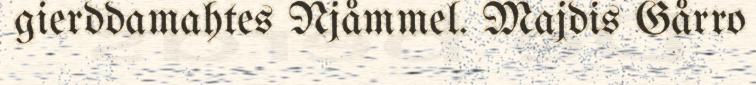
gierddamahtes Njåmmel. Majdis Gårro